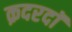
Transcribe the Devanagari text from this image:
क़दरदाॅ